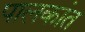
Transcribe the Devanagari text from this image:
पालकांत